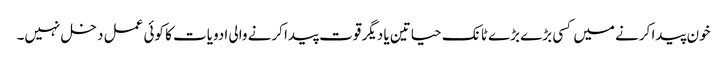
خون پیدا کرنے میں کسی بڑے بڑے ٹانک حیاتین یا دیگر قوت پیدا کرنے والی ادویات کا کوئی عمل دخل نہیں۔